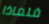
فلماذا